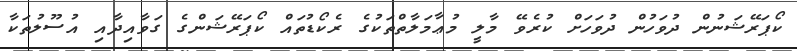
ކޯޕަރޭޝަނުން ދުވަހުން ދުވަހަށް ކުރެވޭ މާލީ މުޢާމަލާތްތަކުގެ ރެކޯޑުތައް ކޯޕަރޭޝަންގެ ގަވާއިދާއި އުސޫލުތަކާ